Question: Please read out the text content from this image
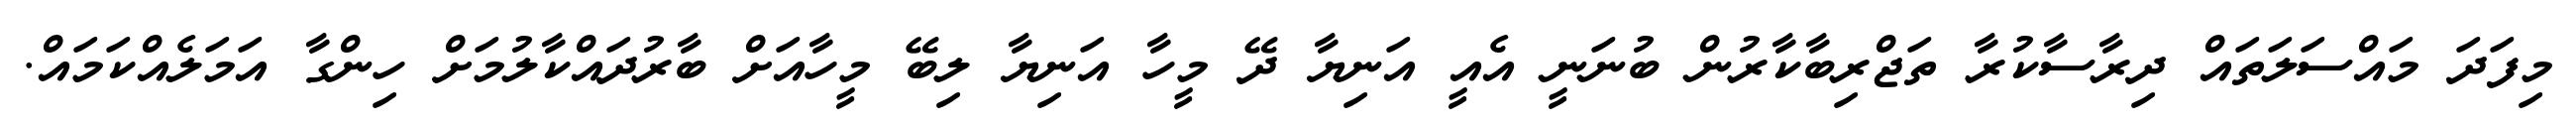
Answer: މިފަދަ މައްސަލަތައް ދިރާސާކުރާ ތަޖްރިބާކާރުން ބުނަނީ އެއީ އަނިޔާ ދޭ މީހާ އަނިޔާ ލިބޭ މީހާއަށް ބާރުދައްކާލުމަށް ހިންގާ އަމަލެއްކަމައް.